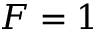
F = 1